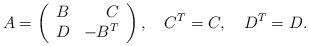
LaTeX: \begin{align*}A=\left(\begin{array}{crc}B&C\\D&-B^T\\\end{array}\right),\quad C^T=C,\quad D^T=D.\end{align*}